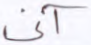
آني